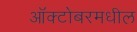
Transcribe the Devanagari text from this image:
ऑक्टोबरमधील